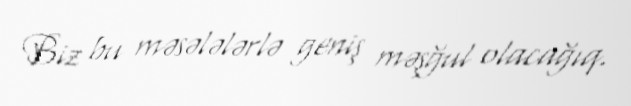
Biz bu məsələlərlə geniş məşğul olacağıq.